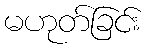
မဟုတ်ခြင်း